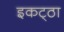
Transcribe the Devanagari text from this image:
इकट्‌ठा